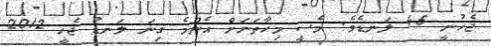
ޖެހުނީ 45 ލަނޑެވެ. މެސީ މިހާތަނަށް އެންމެ ގިނަ ލަނޑު ޖެހީ 2012